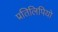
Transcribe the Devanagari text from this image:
प्रतिलिपियो